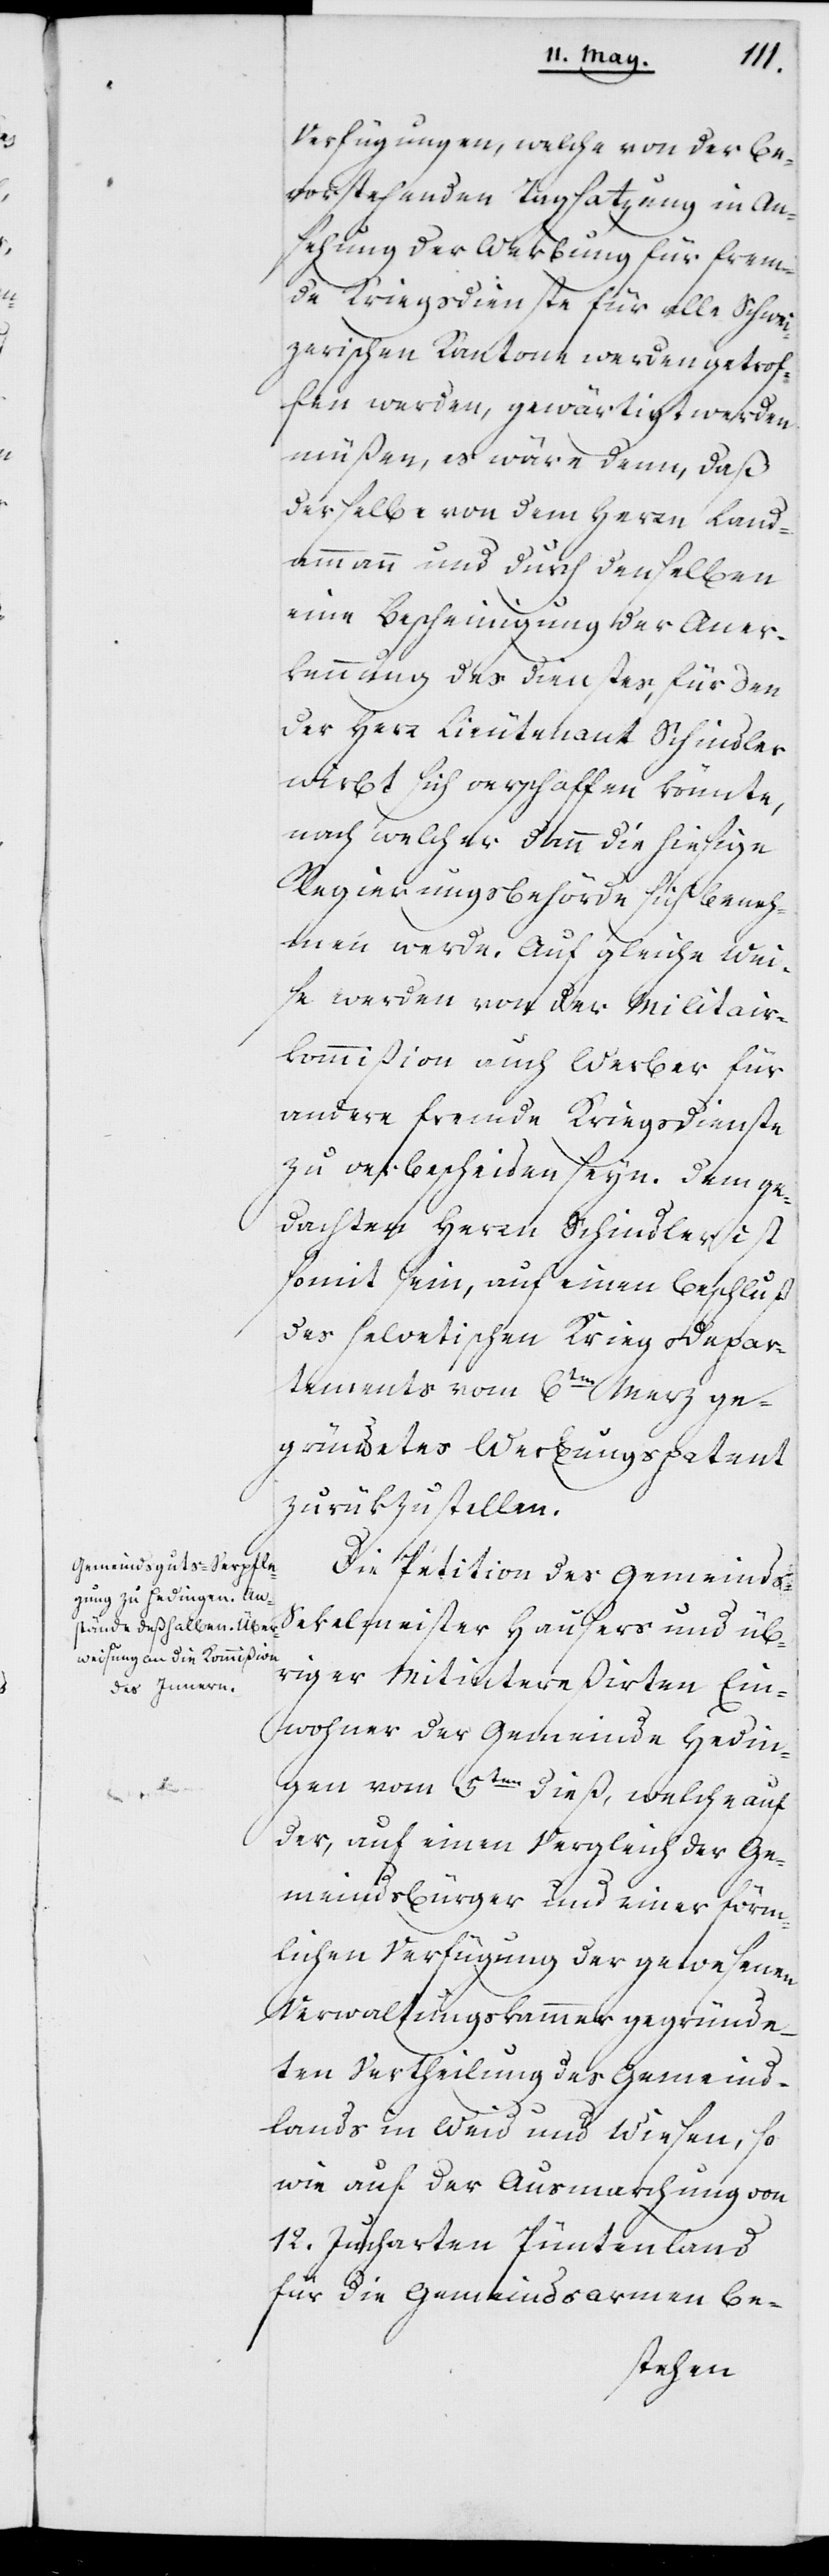
Verfügungen, welche von der be¬
vorstehenden Tagsatzung in An¬
sehung der Werbung für frem¬
de Kriegsdienste für alle Schwei¬
zerischen Kantone werden getrof¬
fen werden, gewärtigt werden
müßen, es wäre denn, daß
derselbe von dem Herrn Land¬
ammann und durch denselben
eine Bescheinigung der Aner¬
kennung des Dienstes, für den
der Herr Lieutenant Schindler
wirbt sich verschaffen könnte,
nach welcher dann die hiesige
Regierungsbehörde sich beneh¬
men werde. Auf gleiche Wei¬
se werden von der Militair¬
kommißion auch Werber für
andere fremde Kriegsdienste
zu verbescheiden seyn. Dem ge¬
dachten Herrn Schindler ist
somit sein, auf einen Beschluß
des helvetischen Kriegs-Depar¬
tements vom 6ten Merz ge¬
gründetes Werbungspatent
zurükzustellen.
Die Petition des Gemeinds-S¬
ekelmeisters Hausers und üb¬
riger Mitintereßierten Ein¬
wohner der Gemeinde Hedin¬
gen vom 5ten dieß, welche auf
der, auf einen Vergleich der Ge¬
meindsbürger und einer förm¬
lichen Verfügung der gewesenen
Verwaltungskammer gegründe¬
ten Vertheilung des Gemeind¬
lands in Weid und Wiesen, so
wie auf der Ausmarchung von
12. Jucharten Püntenland
für die Gemeindsarmen be-